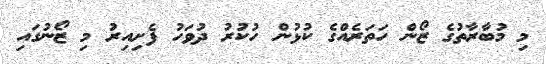
މި މުބާރާތުގެ ޒޯން ހަތަރެއްގެ ކުޅުން ހުކުރު ދުވަހު ފެށިއިރު މި ޒޯނުގައި